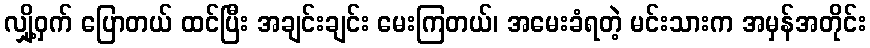
လျှို့ဝှက် ပြောတယ် ထင်ပြီး အချင်းချင်း မေးကြတယ်၊ အမေးခံရတဲ့ မင်းသားက အမှန်အတိုင်း